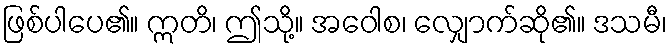
ဖြစ်ပါပေ၏။ ဣတိ၊ ဤသို့။ အဝေါစ၊ လျှောက်ဆို၏။ ဒသမီ၊